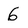
Character: 6